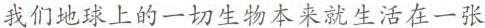
我们地球上的一切生物本来就生活在一张